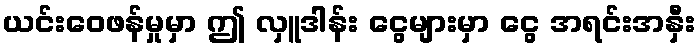
ယင်းဝေဖန်မှုမှာ ဤ လှူဒါန်း ငွေများမှာ ငွေ အရင်းအနှီး